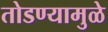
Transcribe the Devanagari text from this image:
तोडण्यामुळे